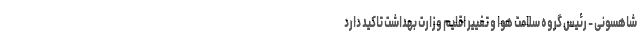
شاهسونی - رئیس گروه سلامت هوا و تغییر اقلیم وزارت بهداشت تاکید دارد